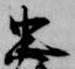
忠